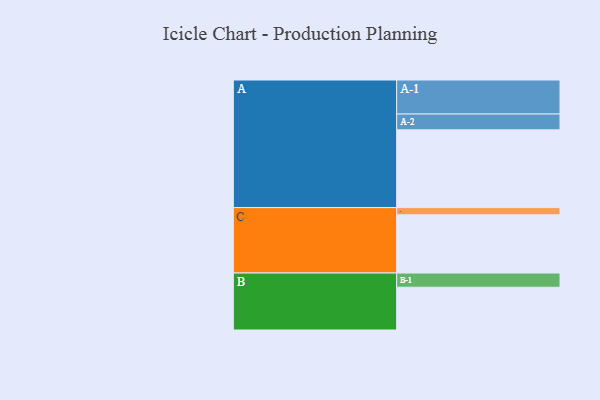
{"axis": {"x": "Segment", "y": "Value"}, "legend": ["", "A", "B", "C"], "data": [{"x": "A", "y": 569, "type": ""}, {"x": "B", "y": 313, "type": ""}, {"x": "C", "y": 426, "type": ""}, {"x": "A-1", "y": 249, "type": "A"}, {"x": "A-2", "y": 116, "type": "A"}, {"x": "B-1", "y": 104, "type": "B"}, {"x": "C-1", "y": 53, "type": "C"}]}